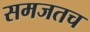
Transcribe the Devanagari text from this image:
समजतच